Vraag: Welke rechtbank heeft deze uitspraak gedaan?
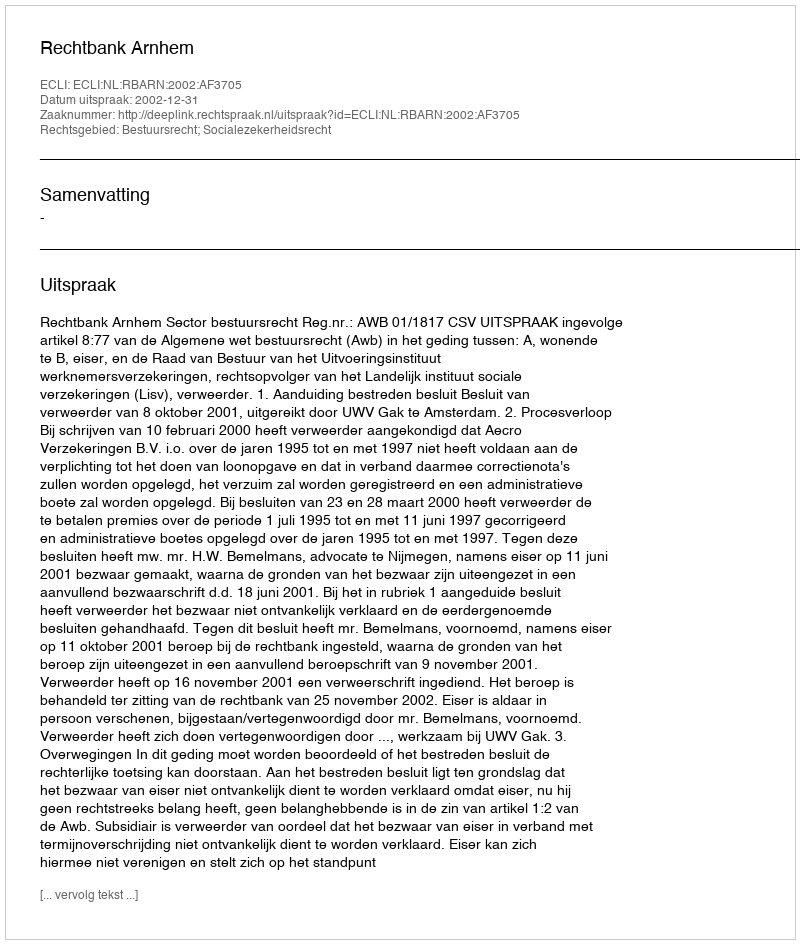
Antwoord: Rechtbank Arnhem